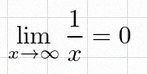
\lim_{x\to\infty}\frac{1}{x}=0